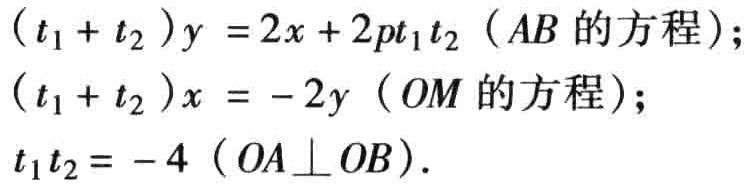
\((t_1 + t_2)y = 2x + 2pt_1t_2\)（\(AB\)的方程）;
\((t_1 + t_2)x = -2y\)（\(OM\)的方程）;
\(t_1t_2 = -4\)（\(OA\perp OB\)）.